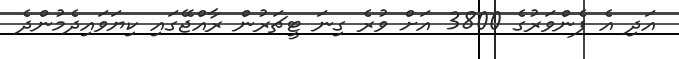
އަދި އެ ފެންވަރުގެ 3800 އަށް ވުރެ ގިނަ ޓީޗަރުން ރާއްޖޭގައި ކިޔަވައިދެމުންދެ